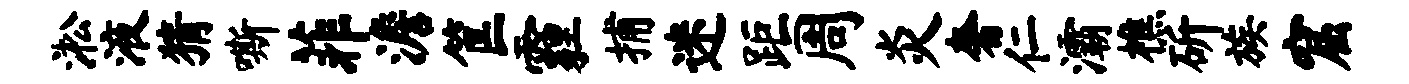
淞液猜嘶菲澹筐霾捕迷距周炎奢仁灞樵斫族窟